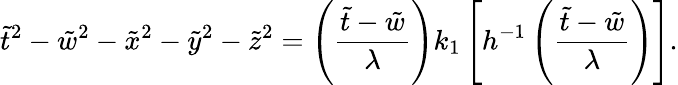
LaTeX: \tilde{t}^{2}-\tilde{w}^{2}-\tilde{x}^{2}-\tilde{y}^{2}-\tilde{z}^{2}=\left(\frac{\tilde{t}-\tilde{w}}{\lambda}\right)k_{1}\left[h^{-1}\left(\frac{\tilde{t}-\tilde{w}}{\lambda}\right)\right].